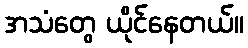
အသံတွေ ယိုင်နေတယ်။